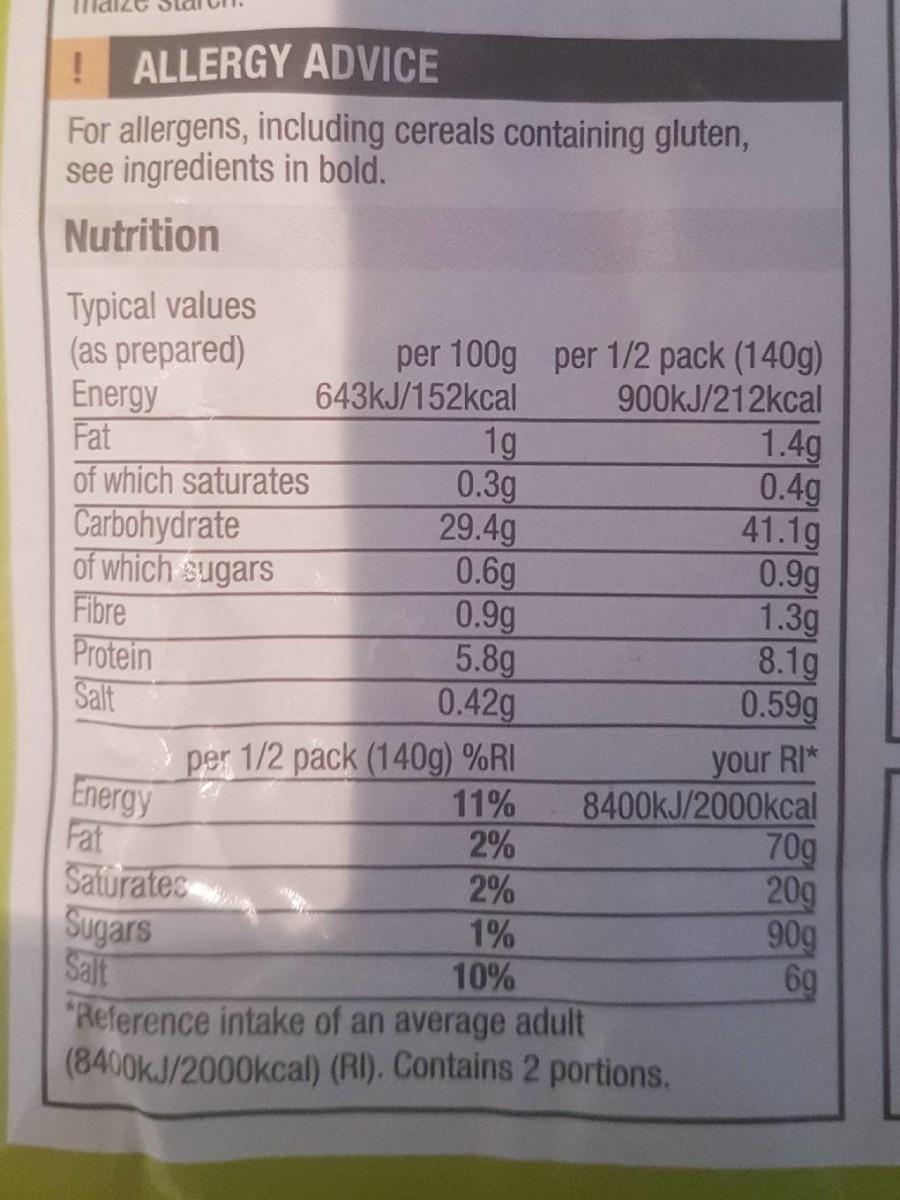
!ALLERGY ADVICE For allergens, including cereals containing gluten, see ingredients in bold.
Nutrition
Typical values (as prepared) Energy Fat of which saturates Carbohydrate of which sugars Fibre Protein Salt
per 100g per 1/2 pack (140g) 643KJ/152kcal
900KJ/212kcal
1g 0.3g 29.4g 0.6g 0.9g 5.8g 0.42g
1.4g 0.4g 41.1g 0.9g 1.3g 8.1g 0.59g
per 1/2 pack (140g) %RI Energy Fat Saturates Sugars Salt "Reference intake of an average adult (8400KJ/2000kcal) (RI). Contains 2 portions.
11% 2% 2% 1% 10%
your RI* 8400KJ/2000kcal 70g 20g 90g 6g